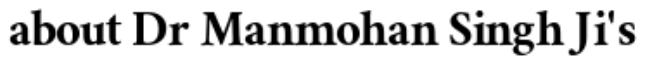
about Dr Manmohan Singh Ji's